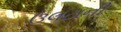
ઉલટાની